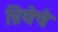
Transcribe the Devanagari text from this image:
प्रियेचे